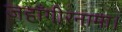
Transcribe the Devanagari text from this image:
जहाँगीरनामा।